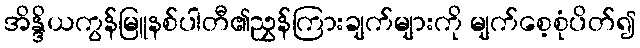
အိန္ဒိယကွန်မြူနစ်ပါတီ၏ညွှန်ကြားချက်များကို မျက်စေ့စုံပိတ်၍